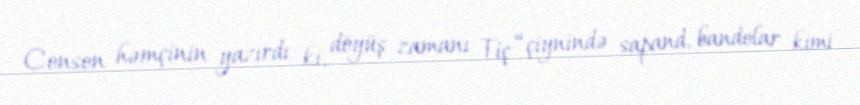
Conson həmçinin yazırdı ki, döyüş zamanı Tiç “çiynində sapand, bandolar kimi